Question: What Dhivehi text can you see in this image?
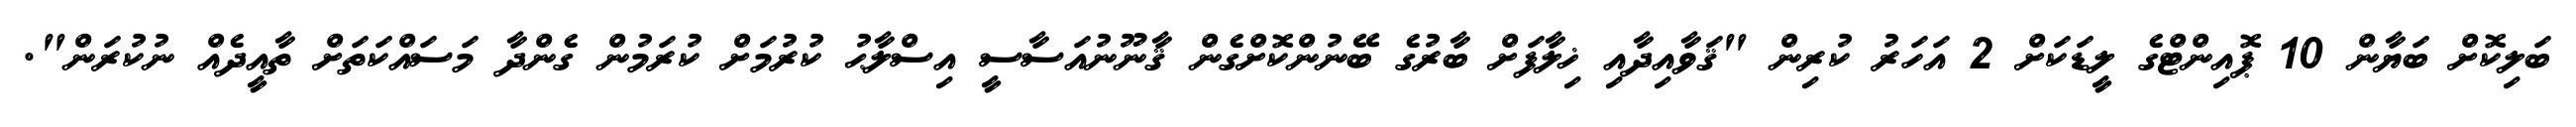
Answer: ބަލިކޮށް ބަޔާން 10 ޕޮއިންޓްގެ ލީޑަކަށް 2 އަހަރު ކުރިން "ޤަވާއިދާއި ޚިލާފަށް ބާރުގެ ބޭނުންކޮށްގެން ޤާނޫނުއަސާސީ އިސްލާޙު ކުރުމަށް ކުރަމުން ގެންދާ މަސައްކަތަށް ތާއީދެއް ނުކުރަން".